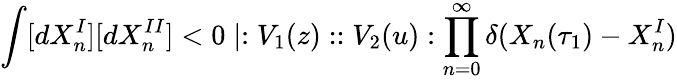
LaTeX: \int[dX_{n}^{I}][dX_{n}^{II}]<0\mid:V_{1}(z)::V_{2}(u):\prod_{n=0}^{\infty}\delta(X_{n}(\tau_{1})-X_{n}^{I})